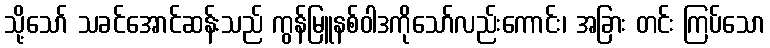
သို့သော် သခင်အောင်ဆန်းသည် ကွန်မြူနစ်ဝါဒကိုသော်လည်းကောင်း၊ အခြား တင်း ကြပ်သော